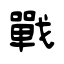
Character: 戰